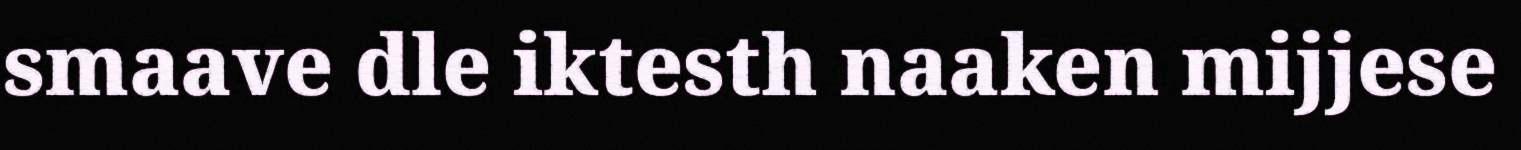
smaave dle iktesth naaken mijjese